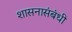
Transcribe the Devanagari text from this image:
शासनासंबंधी